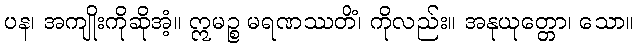
ပန၊ အကျိုးကိုဆိုအံ့။ ဣမဉ္စ မရဏဿတိံ၊ ကိုလည်း။ အနုယုတ္တော၊ သော။